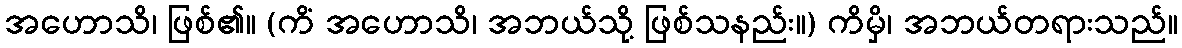
အဟောသိ၊ ဖြစ်၏။ (ကိံ အဟောသိ၊ အဘယ်သို့ ဖြစ်သနည်း။) ကိမှိ၊ အဘယ်တရားသည်။